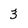
Character: 3